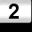
Digit: 2